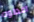
اعطوه